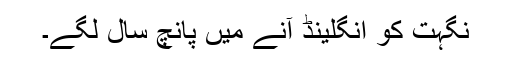
نگہت کو انگلینڈ آنے میں پانچ سال لگے۔